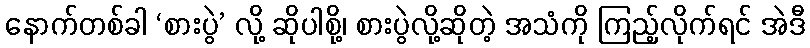
နောက်တစ်ခါ ‘စားပွဲ’ လို့ ဆိုပါစို့၊ စားပွဲလို့ဆိုတဲ့ အသံကို ကြည့်လိုက်ရင် အဲဒီ